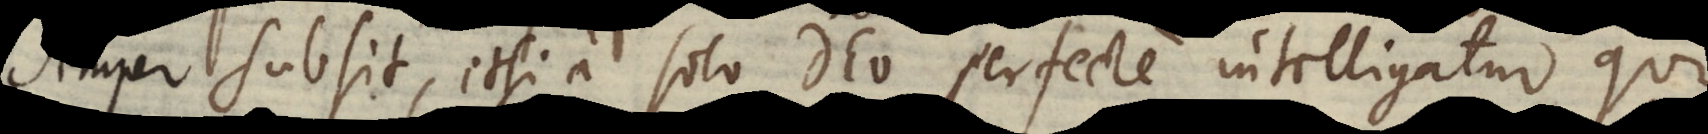
subsit, etsi a solo Deo perfecte intelligatur, qui